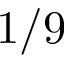
1 / 9